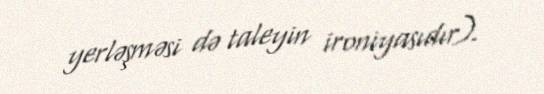
yerləşməsi də taleyin ironiyasıdır).